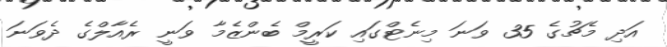
އަދި މެޗުގެ 35 ވަނަ މިނެޓްގައި ކަރީމް ބެންޒެމާ ވަނީ ރެއާލްގެ ދެވަނަ